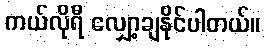
ကယ်လိုရီ လျှော့ချနိုင်ပါတယ်။